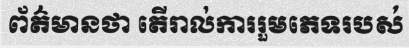
ព័ត៌មានថា តើរាល់ការរួមភេទរបស់